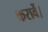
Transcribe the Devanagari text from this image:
करावें।